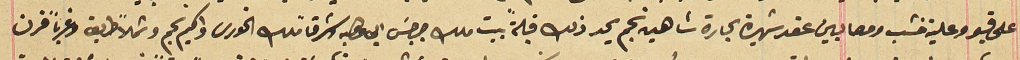
على قبو وعلية خشب ومصابين عقد شهيرة بحارة شاهين نجم يحد ذلك قبلةً بيت ملك جرجسَ ابى وهبه وشرقاً ملك الخورى واكيم نجم وشمالاً طريق وغرباً فرن